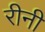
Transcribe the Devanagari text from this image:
रीनी